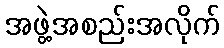
အဖွဲ့အစည်းအလိုက်